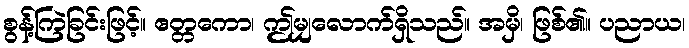
စွန့်ကြဲခြင်းဖြင့်။ ဧတ္တကော၊ ဤမျှလောက်ရှိသည်။ အမှိ၊ ဖြစ်၏။ ပညာယ၊